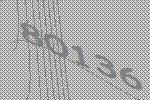
80136